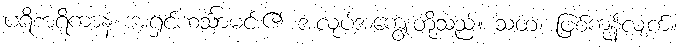
ပရိစာရိကာနံ၊ အရှင်ဟင်္သာမင်း၏ အလုပ်အကျွေးတို့သည်။ သတံ၊ ဖြစ်ကုန်လျက်။